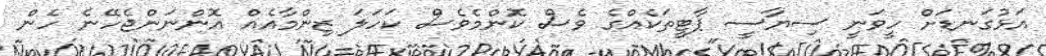
އަޅުގަނޑަށް ހީވަނީ ސިޔާސީ ޕާޓީތަކެއްގެ ވެސް ކޮންމެވެސް ކަހަލަ ޒިންމާއެއް އޮންނަންޖެހޭނެ ހެން